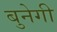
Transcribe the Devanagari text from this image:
बुनेगी